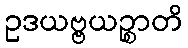
ဥဒယဗ္ဗယဉ္စာတိ